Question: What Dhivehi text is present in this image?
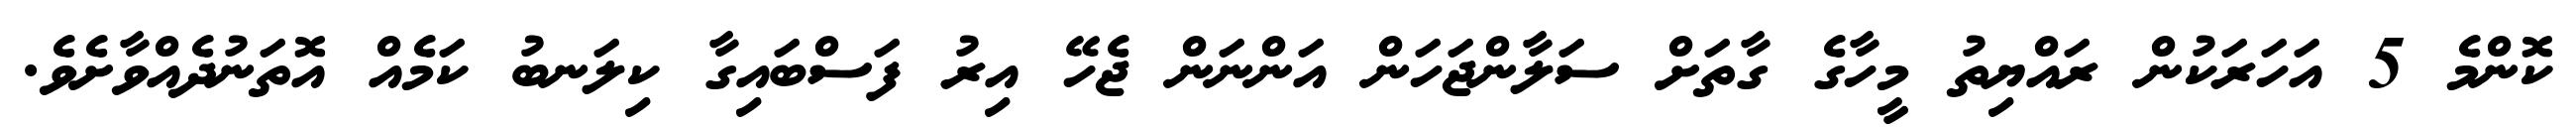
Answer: ކޮންމެ 5 އަހަރަކުން ރައްޔިތު މީހާގެ ގާތަށް ސަލާންޖަހަން އަންނަން ޖެހޭ އިރު ފަސްބައިގާ ކިލަނބު ކަމެއް އޮތަނުދެއްވާށެވެ.